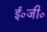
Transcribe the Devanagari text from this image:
ई०जी०